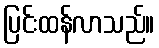
ပြင်းထန်လာသည်။